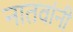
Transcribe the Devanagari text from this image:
नातवांनी